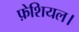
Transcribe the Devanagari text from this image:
फ़ेशियल।